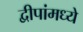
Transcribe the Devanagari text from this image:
द्वीपांमध्ये